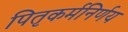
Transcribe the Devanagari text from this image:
पितृकर्मनिर्णय